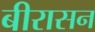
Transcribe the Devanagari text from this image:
बीरासन